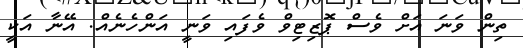
ތިން ވަނަ އަށް ވެސް ޕޮޒިޓިވް ވެފައި ވަނީ އަންހެނެއް. އޭނާ އަކީ